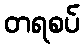
တရစပ်